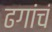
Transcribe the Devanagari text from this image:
ढगांचं